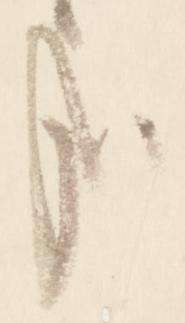
哉